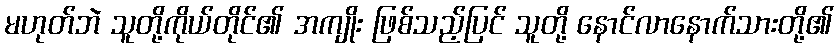
မဟုတ်ဘဲ သူတို့ကိုယ်တိုင်၏ အကျိုး ဖြစ်သည့်ပြင် သူတို့ နောင်လာနောက်သားတို့၏